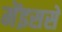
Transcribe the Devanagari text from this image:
मेंइससे